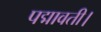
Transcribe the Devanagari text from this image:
पद्मावती।